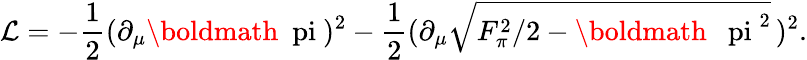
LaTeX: {\cal L}=-\frac{1}{2}(\partial_{\mu}\mathrm{\boldmath{~\ pi~}})^{2}-\frac{1}{2}({\partial}_{\mu}\sqrt{F_{\pi}^{2}/2-\mathrm{\boldmath~{~\ pi~}}^{2}}\, )^{2}.